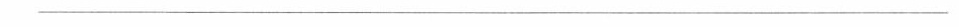
___